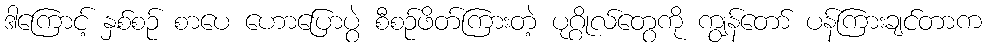
ဒါကြောင့် နှစ်စဉ် စာပေ ဟောပြောပွဲ စီစဉ်ဖိတ်ကြားတဲ့ ပုဂ္ဂိုလ်တွေကို ကျွန်တော် ပန်ကြားချင်တာက